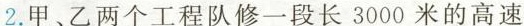
2.甲、乙两个工程队修一段长3000米的高速